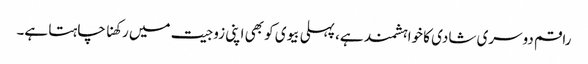
راقم دوسری شادی کا خواہشمند ہے، پہلی بیوی کو بھی اپنی زوجیت میں رکھنا چاہتا ہے۔